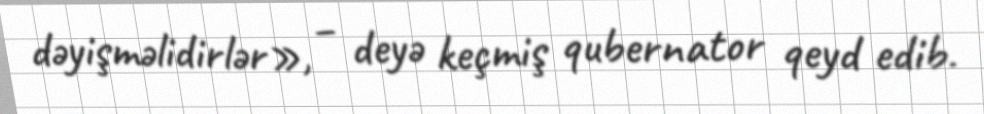
dəyişməlidirlər», – deyə keçmiş qubernator qeyd edib.